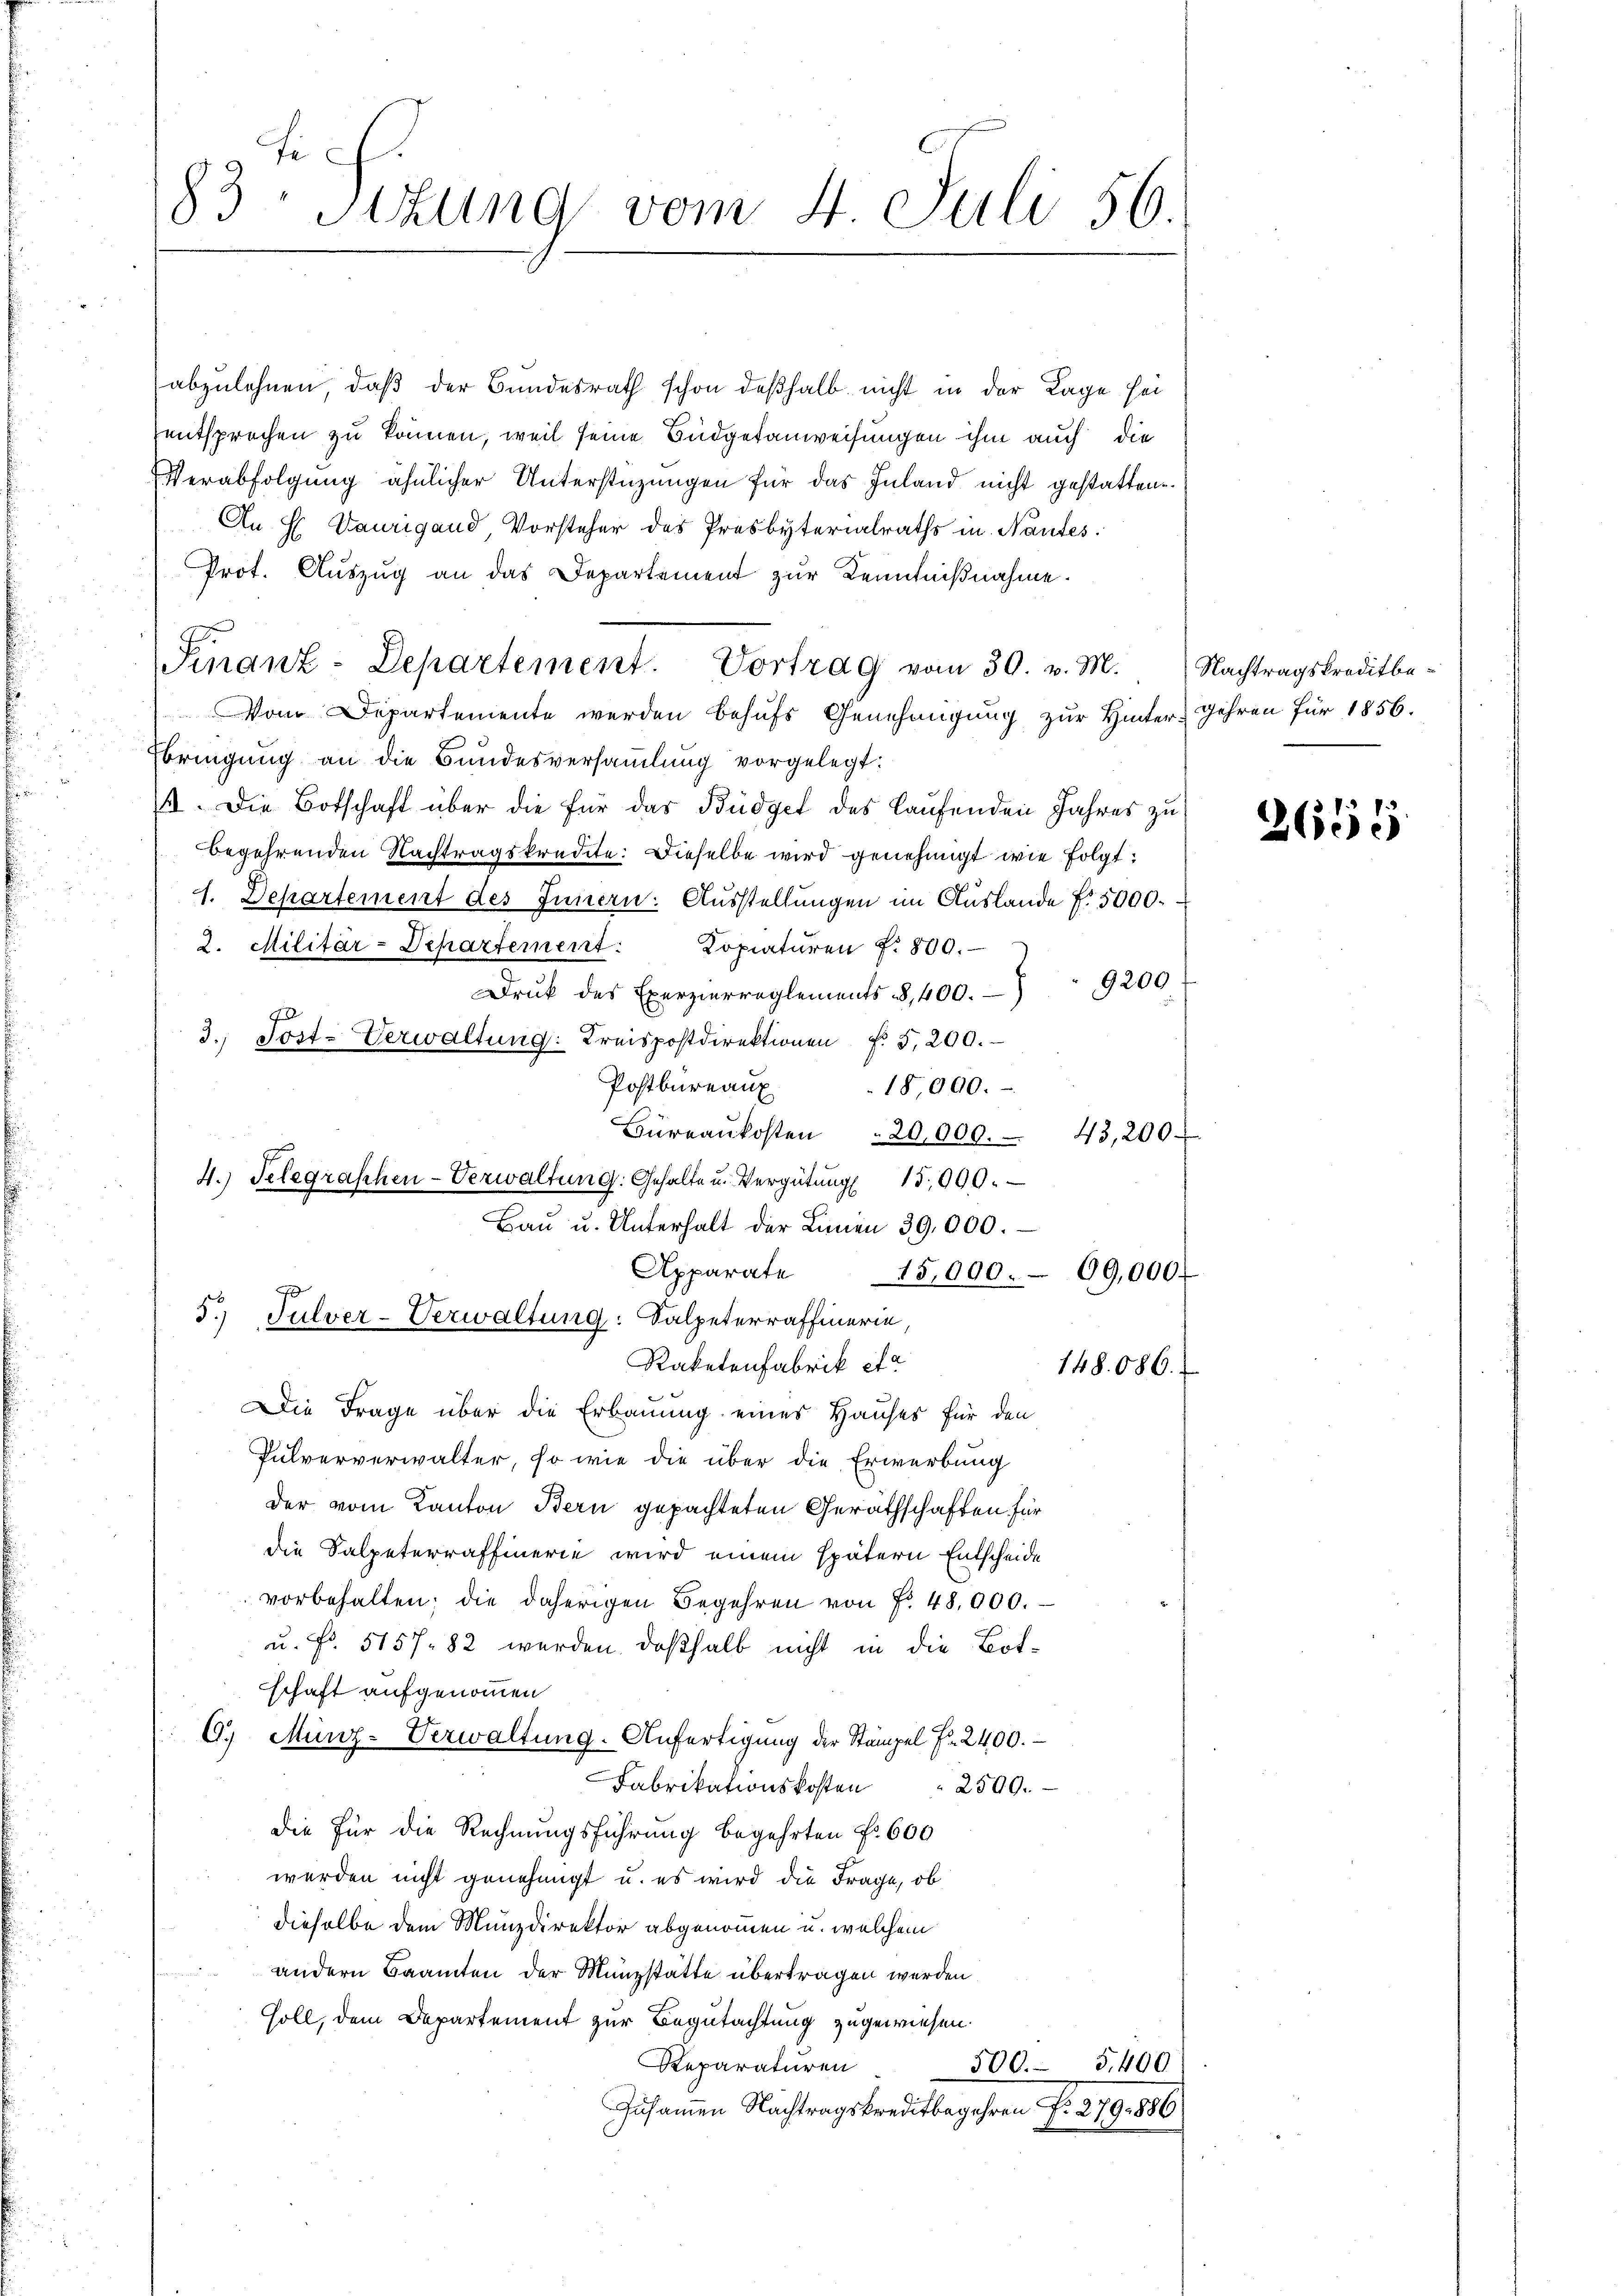
s
b
od Sizung vom 4. Juli 56.

abzulehnen, daß der Bundesrath schon deßhalb nicht in der Lage sei
entsprechen zu können, weil seine Budgetanweisungen ihm auch die
Verabfolgung ähnlicher Unterstüzungen für das Inland nicht gestattene
An H. Vaurigand, Vorsteher des Presbyterialraths in Nantes.
Prot. Auszug an das Departement zur Kenntnißnahme.
Vom Departemente werden behufs Genehmigung zur Hinter- Gehren für 1856.
Ebringung an die Bundesversammlung vorgelegt:
I. Die Botschaft über die für das Büdget des laufenden Jahres zu
begehrenden Nachtragskredite: Dieselbe wird genehmigt wie folgt:
1. Departement des Innern: Ausstellungen im Auslande f. 5000.
2. Militär-Departement. Kopiaturen f. 800.
Druk des Exerzierreglements 3, 400. 9200
3. Post-Verwaltung: Kreispostdirektionen f. 5,200.
Postbureaux
18,000.
Büreaŭkosten 20,000. 45,200.
Baŭ u. Unterhalt der Linien 39,000.
Apparate
15,000. 09,000.
Raketenfabrik etc
148. 686.
Die Frage über die Erbauung eines Hauses für den
Pulververwalter, so wie die über die Erwerbung
der vom Kanton Bern gepachteten Geräthschaften für
die Salpeterraffinerie wird einem spätern Entscheide
vorbehalten, die daherigen Begehren von Fr. 48,000.
u. Fr. 5157. 82 werden deßhalb nicht in die Botschaft aufgenommen
G. Münz-Verwaltung. Anfertigung der Stempel f. 2400.
Fabrikationskosten
2509.
Die Für die Rechnungsführung begehrten Fr. 600
werden nicht genehmigt u. es wird die Frage, ob
dieselbe dem Munzdirektor abgenommen u. welchem
andern Beamten der Münzstatte übertragen werden
soll, dem Departement zur Begutachtung zugewiesen.
Reparaturen
500. 5400
Zusammen Nachtragskreditbegehren N. 279. 886

4. Telegraschen-Verwaltŭng: Gehalte u. Vergütŭng 15,000.
0
5. Julver-Verwaltung: Salpeterraffierin,

Finanz-Departement. Vortrag vom 30. v. M. Nachtragskreditbe-

2655